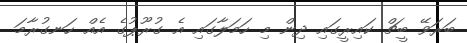
ބަރަވޭ ބީޗް ކައިރީގައި ދިން މި ހަމަލާގައި އެ ގުރޫޕުގެ އެއް ހަނގުރާމަ